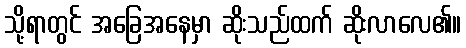
သို့ရာတွင် အခြေအနေမှာ ဆိုးသည်ထက် ဆိုးလာလေ၏။